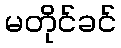
မတိုင်ခင်